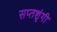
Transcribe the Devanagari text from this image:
सप्‍तशृंगी